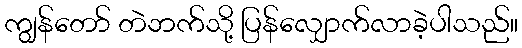
ကျွန်တော် တဲဘက်သို့ ပြန်လျှောက်လာခဲ့ပါသည်။